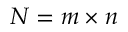
N = m \times n